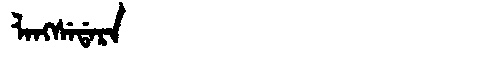
Manchu: ᠯᠠᠩᠰᡝᡩᠠᡵᠠ
Romanization: LANGSEDARA